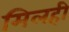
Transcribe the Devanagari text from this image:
मिलही